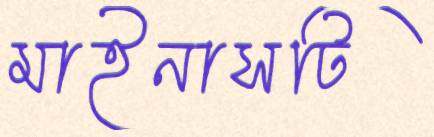
মাইনাসটি